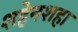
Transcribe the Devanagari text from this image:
शहेनशहा